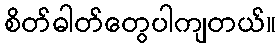
စိတ်ဓါတ်တွေပါကျတယ်။